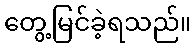
တွေ့မြင်ခဲ့ရသည်။